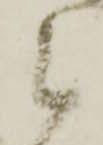
候